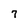
Character: 7